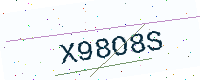
Text: X98O8S